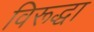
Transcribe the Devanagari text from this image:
विरूद्धा